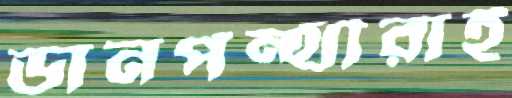
ডানপন্থীরাই